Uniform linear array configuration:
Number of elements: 16
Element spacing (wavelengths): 0.75
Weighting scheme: hann
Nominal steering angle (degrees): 15
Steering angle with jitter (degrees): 14.832
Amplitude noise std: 0.05
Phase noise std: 0.05

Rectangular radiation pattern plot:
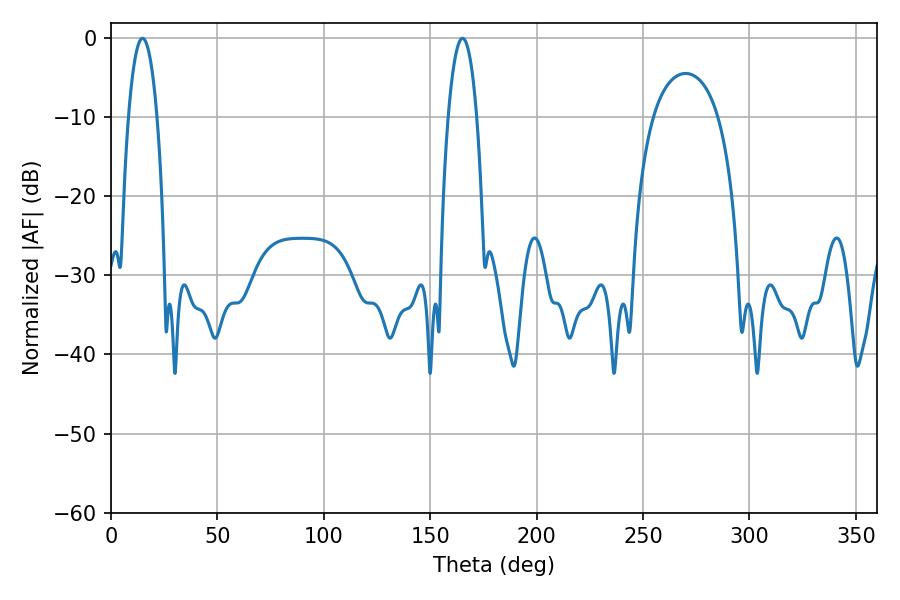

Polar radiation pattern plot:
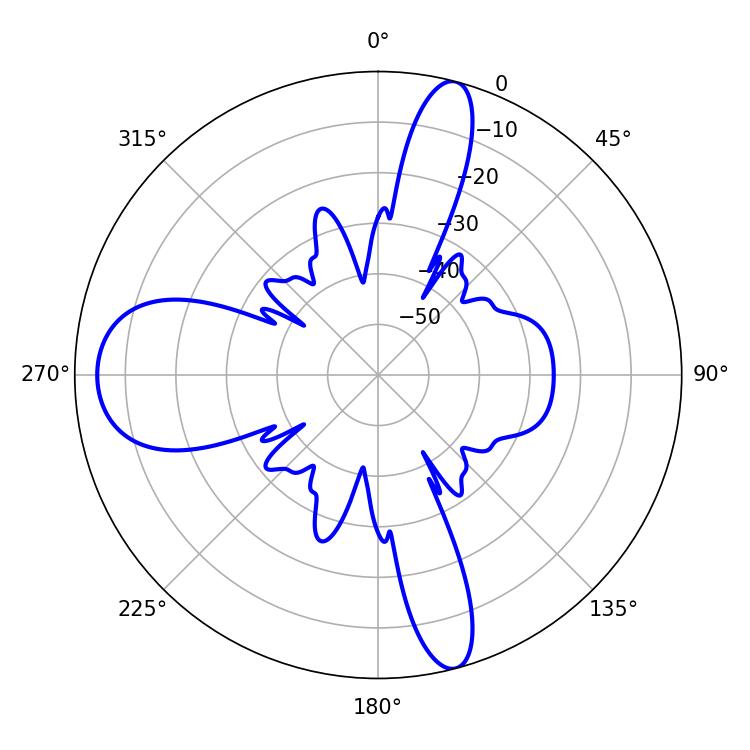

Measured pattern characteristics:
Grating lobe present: TRUE
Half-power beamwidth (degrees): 7.38
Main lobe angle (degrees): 14.76